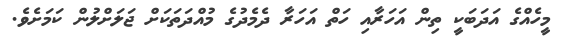
މީހެއްގެ އަދަބަކީ ތިން އަހަރާއި ހަތް އަހަރާ ދެމެދުގެ މުއްދަތަކަށް ޖަލަށްލުން ކަމަށެވެ.